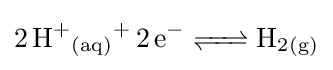
{\ce {2H^+{}_{(aq)}+ 2e^- <=> H_2{}_{(g)}}}